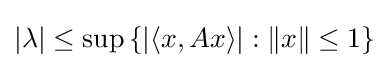
|\lambda |\leq \sup \left\{|\langle x,Ax\rangle |:\|x\|\leq 1\right\}